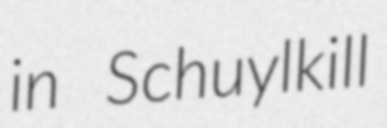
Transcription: in Schuylkill